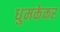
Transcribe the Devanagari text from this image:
धुमकेकर